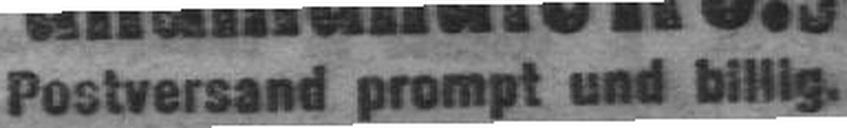
Postversand prompt und billig.